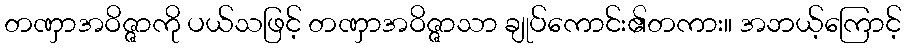
တဏှာအဝိဇ္ဇာကို ပယ်သဖြင့် တဏှာအဝိဇ္ဇာသာ ချုပ်ကောင်း၏တကား။ အဘယ့်ကြောင့်